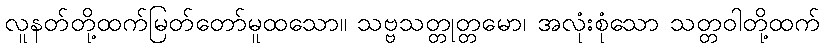
လူနတ်တို့ထက်မြတ်တော်မူထသော။ သဗ္ဗသတ္တုတ္တမော၊ အလုံးစုံသော သတ္တဝါတို့ထက်